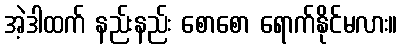
အဲ့ဒါထက် နည်းနည်း စောစော ရောက်နိုင်မလား။